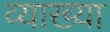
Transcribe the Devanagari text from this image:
व्याख्या